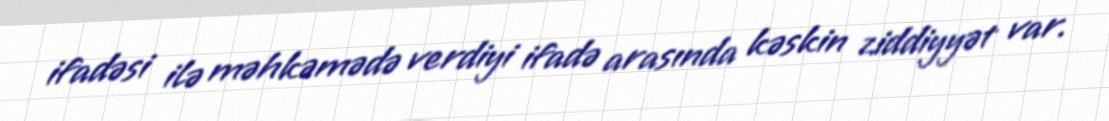
ifadəsi ilə məhkəmədə verdiyi ifadə arasında kəskin ziddiyyət var.